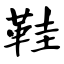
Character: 鞋